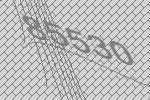
85530